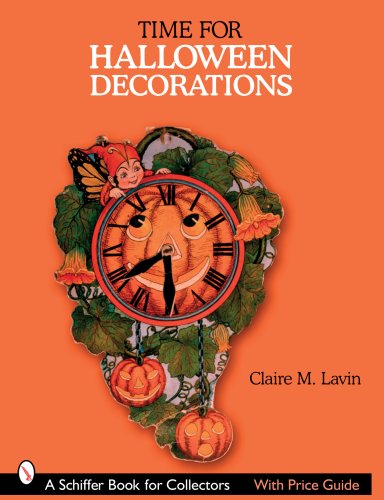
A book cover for Time for Halloween Decorations (Schiffer Book for Collectors); Claire M. Lavin; Crafts, Hobbies & Home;